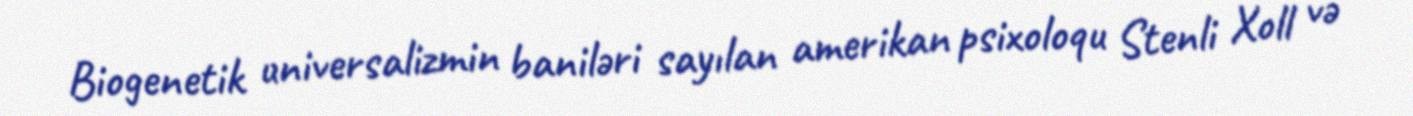
Biogenetik universalizmin baniləri sayılan amerikan psixoloqu Stenli Xoll və